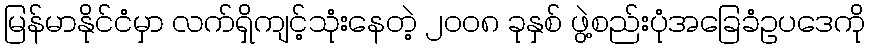
မြန်မာနိုင်ငံမှာ လက်ရှိကျင့်သုံးနေတဲ့ ၂၀၀၈ ခုနှစ် ဖွဲ့စည်းပုံအခြေခံဥပဒေကို